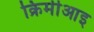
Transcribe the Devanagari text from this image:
क्रिमीआइ